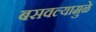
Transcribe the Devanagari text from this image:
बसवल्यामुळे